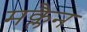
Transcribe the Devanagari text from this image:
मक्लैन